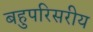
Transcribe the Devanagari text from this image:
बहुपरिसरीय